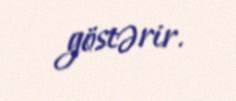
göstərir.